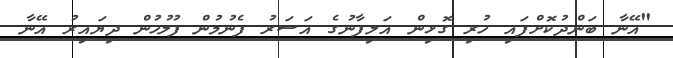
"އޭނާ ބަންދުކޮށްފައި ހުރި ގޮޅިން އަލިފާނުގެ އަސަރު ފެނުމުން ފުލުހުން ދިޔައިރު އޭނާ